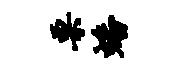
栗蟠